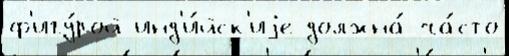
ф'игу́рой инд'и́йск'иjе должна́ ча́сто